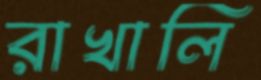
রাখালি